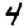
Digit: 4